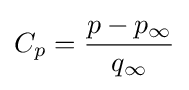
C_{p}={p-p_{\infty } \over q_{\infty }}